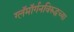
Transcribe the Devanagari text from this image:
ग्लॅमॉर्गनविरुद्धच्या